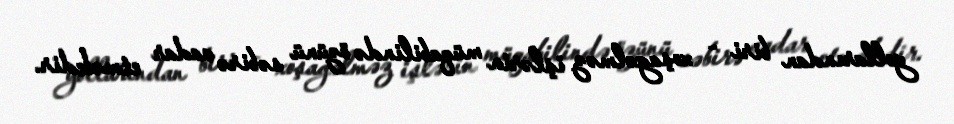
yollarından biri - xoşagəlməz işlərin müqabilində özünü səbirə vadar etməkdir.